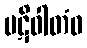
ပဋိဝါတံဝ